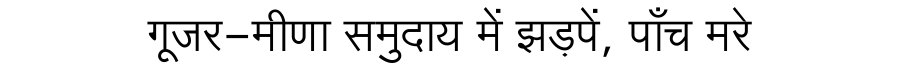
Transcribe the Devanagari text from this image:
गूजर-मीणा समुदाय में झड़पें, पाँच मरे